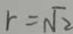
r = \sqrt { 2 }